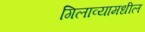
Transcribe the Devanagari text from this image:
गिलाव्यामधील